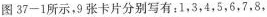
图37-1所示，9张卡片分别写有：1，3，4，5，6，7，8，